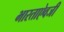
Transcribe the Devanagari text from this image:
भारताऐवजी